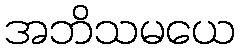
အဘိသမယေ